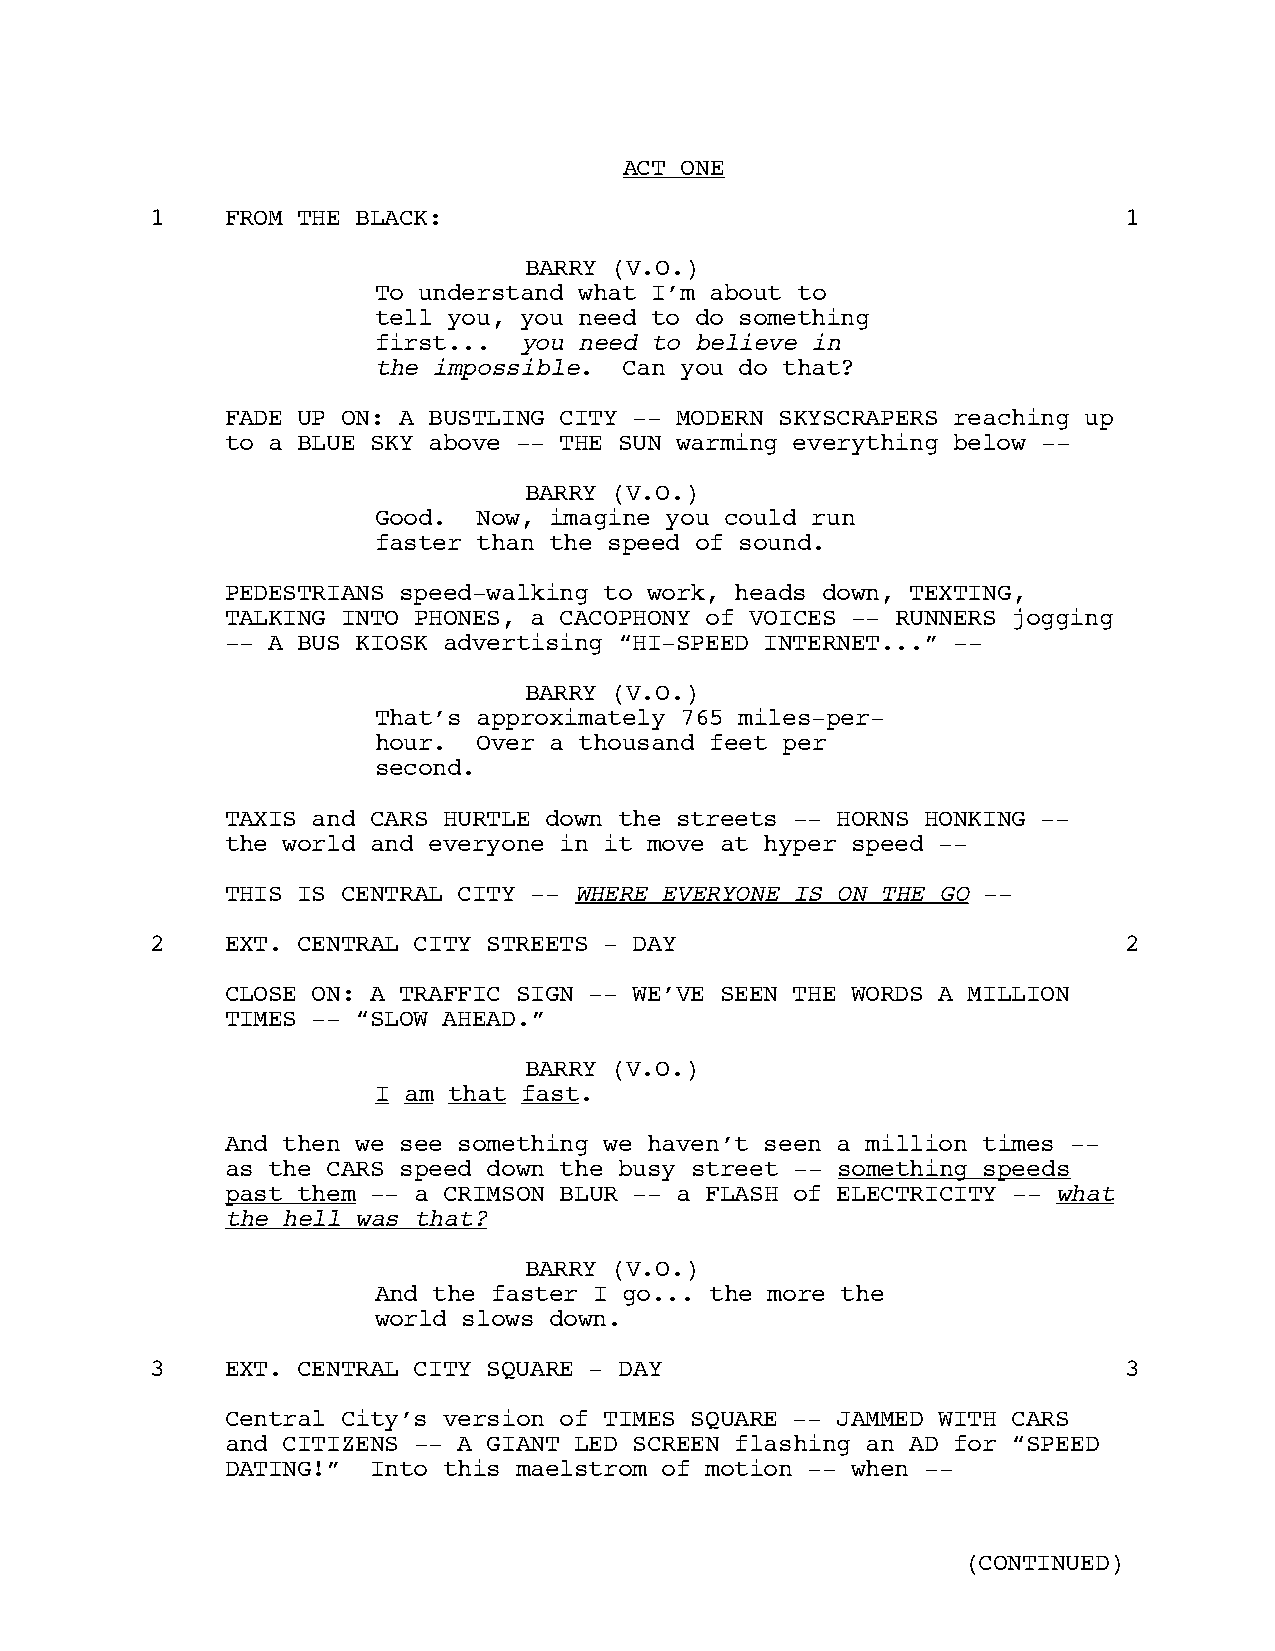
ACT ONE
 1    FROM THE BLACK:                                            1
 BARRY (V.O.)
 To understand what I’m about to
 tell you, you need to do something
 first...  you need to believe in
 the impossible. Can you do that?
 FADE UP ON: A BUSTLING CITY -- MODERN SKYSCRAPERS reaching up
 to a BLUE SKY above -- THE SUN warming everything below --
 BARRY (V.O.)
 Good.  Now, imagine you could run
 faster than the speed of sound.
 PEDESTRIANS speed-walking to work, heads down, TEXTING,
 TALKING INTO PHONES, a CACOPHONY of VOICES -- RUNNERS jogging
 -- A BUS KIOSK advertising “HI-SPEED INTERNET...” --
 BARRY (V.O.)
 That’s approximately 765 miles-per-
 hour.  Over a thousand feet per
 second.
 TAXIS and CARS HURTLE down the streets -- HORNS HONKING --
 the world and everyone in it move at hyper speed --
 THIS IS CENTRAL CITY -- WHERE EVERYONE IS ON THE GO --
 2    EXT. CENTRAL CITY STREETS - DAY                            2
 CLOSE ON: A TRAFFIC SIGN -- WE’VE SEEN THE WORDS A MILLION
 TIMES -- “SLOW AHEAD.”
 BARRY (V.O.)
 I am that fast.
 And then we see something we haven’t seen a million times --
 as the CARS speed down the busy street -- something speeds
 past them -- a CRIMSON BLUR -- a FLASH of ELECTRICITY -- what
 the hell was that?
 BARRY (V.O.)
 And the faster I go... the more the
 world slows down.
 3    EXT. CENTRAL CITY SQUARE - DAY                             3
 Central City’s version of TIMES SQUARE -- JAMMED WITH CARS
 and CITIZENS -- A GIANT LED SCREEN flashing an AD for “SPEED
 DATING!”  Into this maelstrom of motion -- when --
 (CONTINUED)